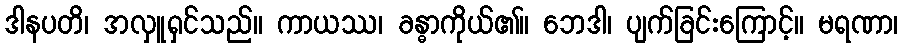
ဒါနပတိ၊ အလှူရှင်သည်။ ကာယဿ၊ ခန္ဓာကိုယ်၏။ ဘေဒါ၊ ပျက်ခြင်းကြောင့်။ မရဏာ၊